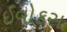
ઈવોકસ